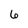
Character: 6